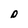
Character: D